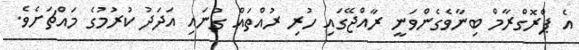
އެ ޕްރޮގްރާމް ބިނާވެގެންވަނީ ރާއްޖޭގައި ހުރި ރުއްތައް ގުނައި އަދަދު ކުރުމުގެ މައްޗަށެވެ.